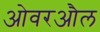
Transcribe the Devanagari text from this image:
ओवरऔल